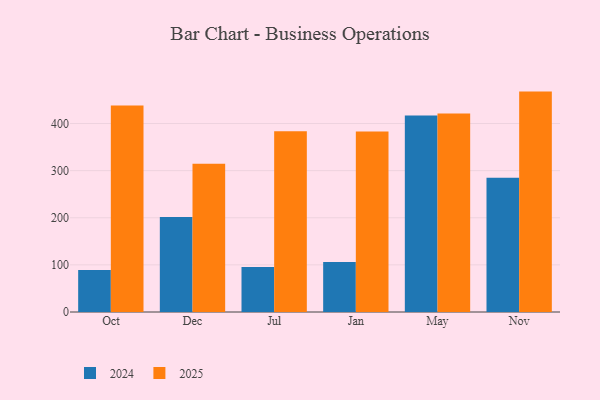
{"axis": {"x": "Month", "y": "Satisfaction Score"}, "legend": ["2024", "2025"], "data": [{"x": "Oct", "y": 438.4, "type": "2025"}, {"x": "Oct", "y": 89.1, "type": "2024"}, {"x": "Dec", "y": 314.9, "type": "2025"}, {"x": "Dec", "y": 201.8, "type": "2024"}, {"x": "Jul", "y": 383.6, "type": "2025"}, {"x": "Jul", "y": 95.6, "type": "2024"}, {"x": "Jan", "y": 382.9, "type": "2025"}, {"x": "Jan", "y": 106.2, "type": "2024"}, {"x": "May", "y": 421.2, "type": "2025"}, {"x": "May", "y": 417.1, "type": "2024"}, {"x": "Nov", "y": 467.8, "type": "2025"}, {"x": "Nov", "y": 284.8, "type": "2024"}]}